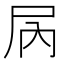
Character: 𫵓